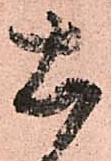
土